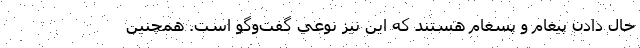
حال دادن پيغام و پسغام هستند كه اين نيز نوعي گفت‌وگو است. همچنين